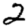
Digit: 2